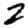
Digit: 2